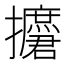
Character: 𱡑